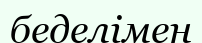
беделімен